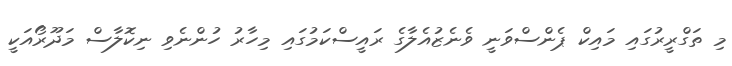
މި ތަގްރީރުގައި މައިކް ޕެންސްވަނީ ވެނެޒުއެލާގެ ރައީސްކަމުގައި މިހާރު ހުންނެވި ނިކޮލާސް މަދޫރޯއަކީ